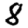
Digit: 8